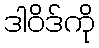
ဒါဝိဒ်ကို